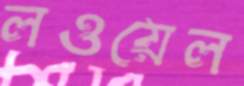
লওয়েল